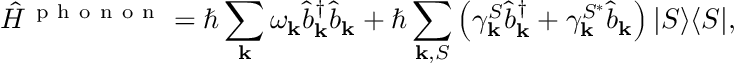
\hat { H } ^ { \mathrm { ~ p ~ h ~ o ~ n ~ o ~ n ~ } } = \hbar \sum _ { \mathbf { k } } \omega _ { \mathbf { k } } \hat { b } _ { \mathbf { k } } ^ { \dagger } \hat { b } _ { \mathbf { k } } + \hbar \sum _ { { \mathbf { k } } , S } \left( \gamma _ { \mathbf { k } } ^ { S } \hat { b } _ { \mathbf { k } } ^ { \dagger } + \gamma _ { \mathbf { k } } ^ { S ^ { * } } \hat { b } _ { \mathbf { k } } \right) \vert S \rangle \langle S \vert ,